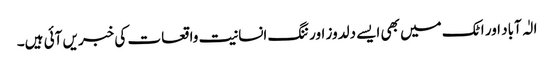
الٰہ آباد اور اٹک میں بھی ایسے دلدوز اور ننگ انسانیت واقعات کی خبریں آئی ہیں۔